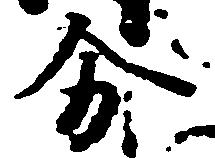
分